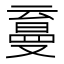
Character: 𰁛